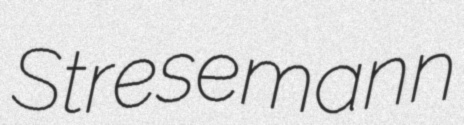
Stresemann